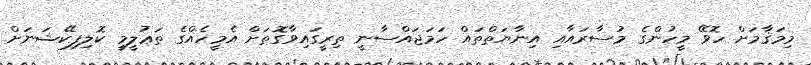
މިމަޤާމަށް ހޮވޭ މީހުންގެ މުސާރައާއި އިނާޔަތްތައް ހަމަޖައްސާނީ ތިރީގައިވާގޮތަށް އެމީހެއްގެ ތަޢުލީމީ ކޮލިފިކޭޝަނަށް